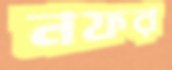
নফর